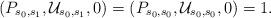
LaTeX: \begin{align*} (P_{ s_{0}, s_{1}},\mathcal U_{ s_{0}, s_{1}},0)=(P_{ s_{0}, s_{0}},\mathcal U_{ s_{0}, s_{0}},0)=1.\end{align*}